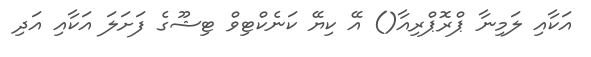
އަކާއި ލަމިނާ ޕްރޮޕްރިއާ() އޭ ކިޔޭ ކަނެކްޓިވް ޓިޝޫގެ ފަށަލަ އަކާއި އަދި